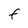
Character: F